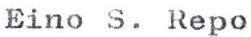
Eino S. Repo